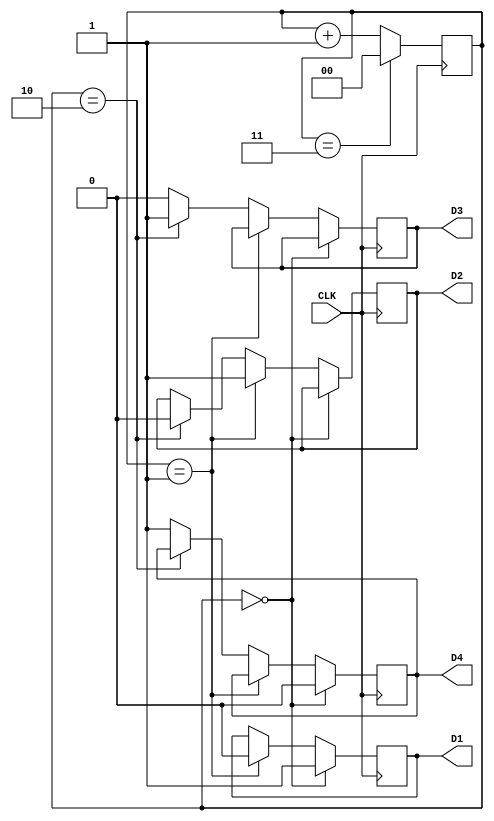
`timescale 1ns / 1ps
//////////////////////////////////////////////////////////////////////////////////
// Company: 
// Engineer: 
// 
// Design Name: 
// Module Name:    Switcher 
// Project Name: 
// Target Devices: 
// Tool versions: 
// Description: 
//
// Dependencies: 
//
// Revision: 
// Revision 0.01 - File Created
// Additional Comments: 
//
//////////////////////////////////////////////////////////////////////////////////
module Switcher(CLK, D1, D2, D3, D4);
	input CLK;
	output D1, D2, D3, D4;
	
	reg D1 = 1'b0;
	reg D2 = 1'b0;
	reg D3 = 1'b0;
	reg D4 = 1'b0;
	reg [1:0]COUNT = 2'd0;
	
	always @(posedge CLK)
	begin
		if (COUNT == 2'd0)
		begin
			D1 <= 1'b1;
			D4 <= 1'b0;
		end
		else if (COUNT == 2'd1)
		begin
			D2 <= 1'b1;
			D1 <= 1'b0;
		end
		else if (COUNT == 2'd2)
		begin
			D3 <= 1'b1;
			D2 <= 1'b0;
		end
		else
		begin
			D4 <= 1'b1;
			D3 <= 1'b0;
		end
			
		if (COUNT == 2'd3)
			COUNT <= 2'd0;
		else
			COUNT <= COUNT + 2'd1;
	end

endmodule